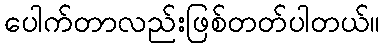
ပေါက်တာလည်းဖြစ်တတ်ပါတယ်။